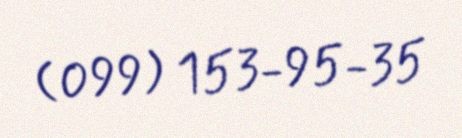
(099) 153-95-35